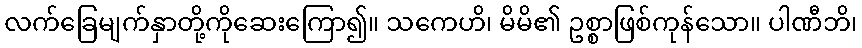
လက်ခြေမျက်နှာတို့ကိုဆေးကြော၍။ သကေဟိ၊ မိမိ၏ ဥစ္စာဖြစ်ကုန်သော။ ပါဏီဘိ၊